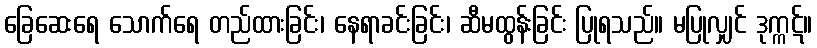
ခြေဆေးရေ သောက်ရေ တည်ထားခြင်း၊ နေရာခင်းခြင်း၊ ဆီမထွန်းခြင်း ပြုရသည်။ မပြုလျှင် ဒုက္ကဋ်။